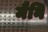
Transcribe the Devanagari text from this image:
मैनि